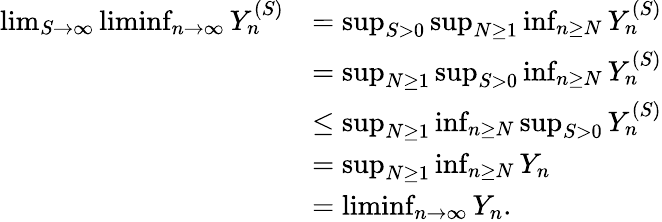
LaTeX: \begin{array}{rl}{\operatorname*{lim}_{S\to\infty}\operatorname*{liminf}_{n\to\infty}Y_{n}^{(S)}}&{=\operatorname*{sup}_{S>0}\operatorname*{sup}_{N\geq 1}\operatorname*{inf}_{n\geq N}Y_{n}^{(S)}}\\ &{=\operatorname*{sup}_{N\geq 1}\operatorname*{sup}_{S>0}\operatorname*{inf}_{n\geq N}Y_{n}^{(S)}}\\ &{\leq\operatorname*{sup}_{N\geq 1}\operatorname*{inf}_{n\geq N}\operatorname*{sup}_{S>0}Y_{n}^{(S)}}\\ &{=\operatorname*{sup}_{N\geq 1}\operatorname*{inf}_{n\geq N}Y_{n}}\\ &{=\operatorname*{liminf}_{n\to\infty}Y_{n}.}\end{array}